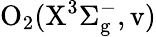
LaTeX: \mathrm{O_{2}(X^{3}\Sigma_{g}^{-},v)}